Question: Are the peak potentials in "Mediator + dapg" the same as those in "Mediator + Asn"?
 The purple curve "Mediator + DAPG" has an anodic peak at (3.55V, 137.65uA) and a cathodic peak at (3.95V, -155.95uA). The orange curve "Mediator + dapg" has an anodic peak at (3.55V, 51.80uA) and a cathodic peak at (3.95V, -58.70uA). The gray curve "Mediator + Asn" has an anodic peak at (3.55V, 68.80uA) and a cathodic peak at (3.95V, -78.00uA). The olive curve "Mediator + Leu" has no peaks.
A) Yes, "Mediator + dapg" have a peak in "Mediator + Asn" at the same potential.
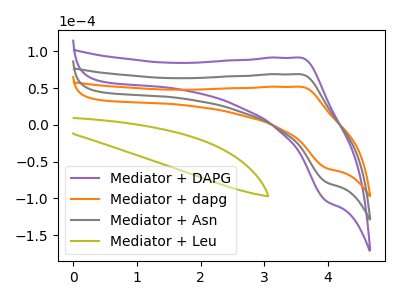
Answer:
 <answer>A) Yes, "Mediator + dapg" have a peak in "Mediator + Asn" at the same potential.</answer>
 <eval>A</eval>